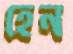
হেন